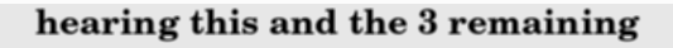
hearing this and the 3 remaining